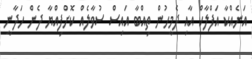
އަނެއްކާ އަފްލާކް އާއި ދެމީހުން ތިއްބާ އައިސް ސުވާލެއް ކޮށްފިއްޔާ ދެން ހަދާނީ